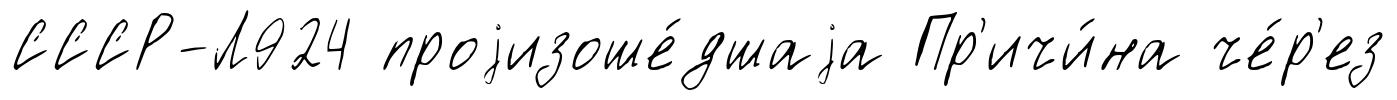
СССР-Л924 проjизоше́дшаjа Пр'ичи́на че́р'ез